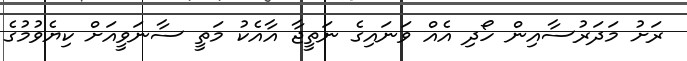
ރަށު މަދަރުސާއިން ހޯދި އެއް ވަނައިގެ ނަތީޖާ އާއެކު މަތީ ސާނަވީއަށް ކިޔެވުމުގެ